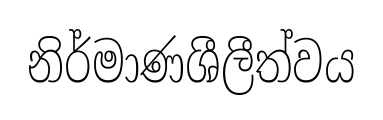
නිර්මාණශීලීත්වය